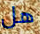
هل